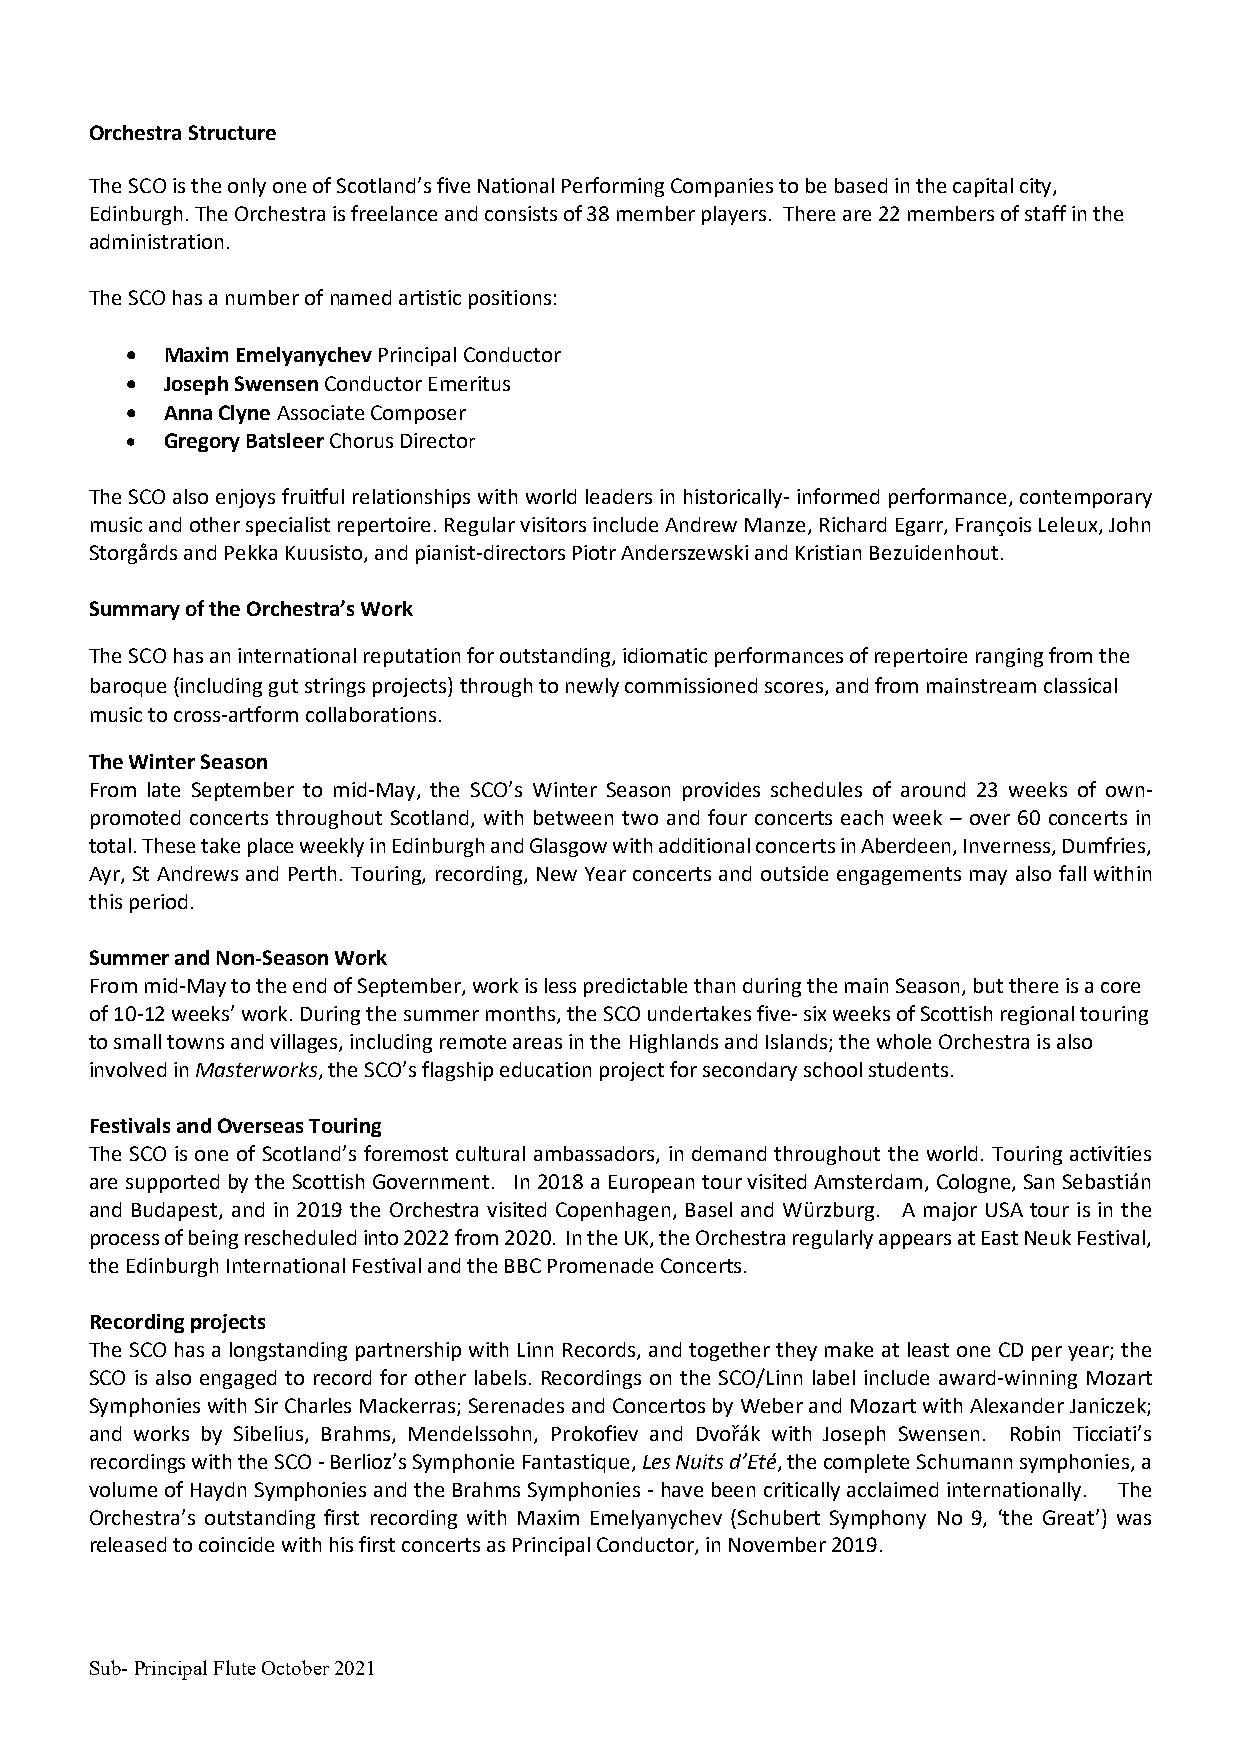
Orchestra Structure
 The SCO is the only one of Scotland’s five National Performing Companies to be based in the capital city,
 Edinburgh. The Orchestra is freelance and consists of 38 member players. There are 22 members of staff in the
 administration.
 The SCO has a number of named artistic positions:
 •  Maxim Emelyanychev Principal Conductor
 •  Joseph Swensen Conductor Emeritus
 •  Anna Clyne Associate Composer
 •  Gregory Batsleer Chorus Director
 The SCO also enjoys fruitful relationships with world leaders in historically- informed performance, contemporary
 music and other specialist repertoire. Regular visitors include Andrew Manze, Richard Egarr, François Leleux, John
 Storgårds and Pekka Kuusisto, and pianist-directors Piotr Anderszewski and Kristian Bezuidenhout.
 Summary of the Orchestra’s Work
 The SCO has an international reputation for outstanding, idiomatic performances of repertoire ranging from the
 baroque (including gut strings projects) through to newly commissioned scores, and from mainstream classical
 music to cross-artform collaborations.
 The Winter Season
 From late September to mid-May, the SCO’s Winter Season provides schedules of around 23 weeks of own-
 promoted concerts throughout Scotland, with between two and four concerts each week – over 60 concerts in
 total. These take place weekly in Edinburgh and Glasgow with additional concerts in Aberdeen, Inverness, Dumfries,
 Ayr, St Andrews and Perth. Touring, recording, New Year concerts and outside engagements may also fall within
 this period.
 Summer and Non-Season Work
 From mid-May to the end of September, work is less predictable than during the main Season, but there is a core
 of 10-12 weeks’ work. During the summer months, the SCO undertakes five- six weeks of Scottish regional touring
 to small towns and villages, including remote areas in the Highlands and Islands; the whole Orchestra is also
 involved in Masterworks, the SCO’s flagship education project for secondary school students.
 Festivals and Overseas Touring
 The SCO is one of Scotland’s foremost cultural ambassadors, in demand throughout the world. Touring activities
 are supported by the Scottish Government. In 2018 a European tour visited Amsterdam, Cologne, San Sebastián
 and Budapest, and in 2019 the Orchestra visited Copenhagen, Basel and Würzburg. A major USA tour is in the
 process of being rescheduled into 2022 from 2020. In the UK, the Orchestra regularly appears at East Neuk Festival,
 the Edinburgh International Festival and the BBC Promenade Concerts.
 Recording projects
 The SCO has a longstanding partnership with Linn Records, and together they make at least one CD per year; the
 SCO is also engaged to record for other labels. Recordings on the SCO/Linn label include award-winning Mozart
 Symphonies with Sir Charles Mackerras; Serenades and Concertos by Weber and Mozart with Alexander Janiczek;
 and works by Sibelius, Brahms, Mendelssohn, Prokofiev and Dvořák with Joseph Swensen. Robin Ticciati’s
 recordings with the SCO - Berlioz’s Symphonie Fantastique, Les Nuits d’Eté, the complete Schumann symphonies, a
 volume of Haydn Symphonies and the Brahms Symphonies - have been critically acclaimed internationally. The
 Orchestra’s outstanding first recording with Maxim Emelyanychev (Schubert Symphony No 9, ‘the Great’) was
 released to coincide with his first concerts as Principal Conductor, in November 2019.
 Sub- Principal Flute October 2021